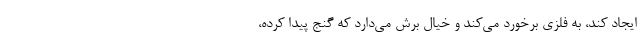
ایجاد کند، به فلزی برخورد می‌کند و خیال برش می‌دارد که گنج پیدا کرده،